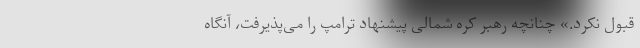
قبول نکرد.» چنانچه رهبر کره شمالی پیشنهاد ترامپ را می‌پذیرفت، آنگاه